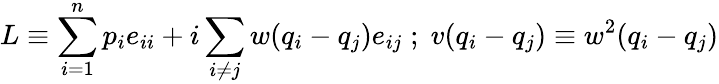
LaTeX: L\equiv\sum_{i=1}^{n}p_{i}e_{ii}+i\sum_{i\neq j}w(q_{i}-q_{j})e_{ij}\; ;\; v(q_{i}-q_{j})\equiv w^{2}(q_{i}-q_{j})